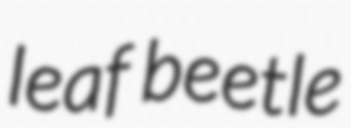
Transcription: leaf beetle